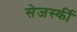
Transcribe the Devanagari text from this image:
सेजर्स्की